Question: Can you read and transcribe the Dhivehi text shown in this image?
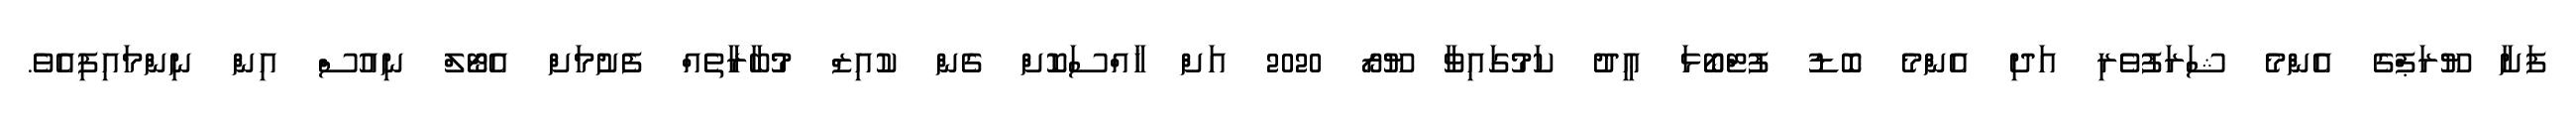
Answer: ފަށާ ޔޫރަޕްގެ އެންމެ ޝަރަފުވެރި އަދި އެންމެ ބޮޑު ފުޓްބޯޅަ ޢީދު ކަމުގައިވާ ޔޫރޯ 2020 އަށް ޚާއްސަކޮށް ގެން ކުއިޒް މުުބާރާތެއް ފެށުމަށް އެޓޯލް ނިއުސް އިން ނިންމައިފިއެވެ.